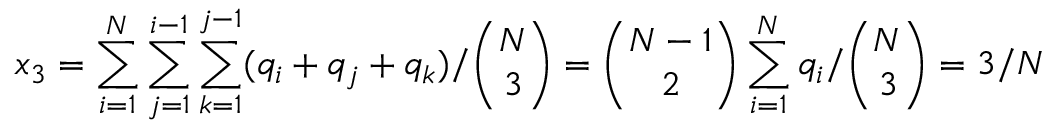
x _ { 3 } = \sum _ { i = 1 } ^ { N } \sum _ { j = 1 } ^ { i - 1 } \sum _ { k = 1 } ^ { j - 1 } ( q _ { i } + q _ { j } + q _ { k } ) / \binom { N } { 3 } = \binom { N - 1 } { 2 } \sum _ { i = 1 } ^ { N } q _ { i } / \binom { N } { 3 } = 3 / N